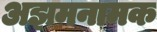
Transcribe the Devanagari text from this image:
अझमनामक